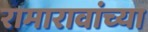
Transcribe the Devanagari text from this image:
रामारावांच्या